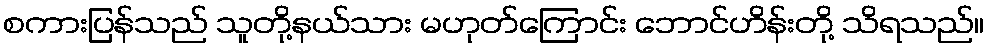
စကားပြန်သည် သူတို့နယ်သား မဟုတ်ကြောင်း ဘောင်ဟိန်းတို့ သိရသည်။